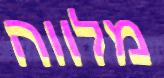
מלווה